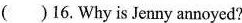
( )16.Why is Jenny annoyed?